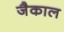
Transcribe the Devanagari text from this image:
जैकाल